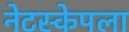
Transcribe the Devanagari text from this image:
नेटस्केपला